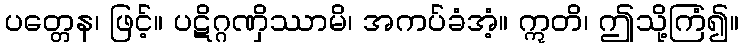
ပတ္တေန၊ ဖြင့်။ ပဋိဂ္ဂဏှိဿာမိ၊ အကပ်ခံအံ့။ ဣတိ၊ ဤသို့ကြံ၍။